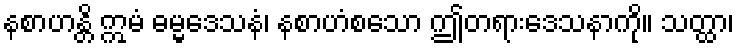
နစာဟန္တိ ဣမံ ဓမ္မဒေသနံ၊ နစာဟံစသော ဤတရားဒေသနာကို။ သတ္ထာ၊